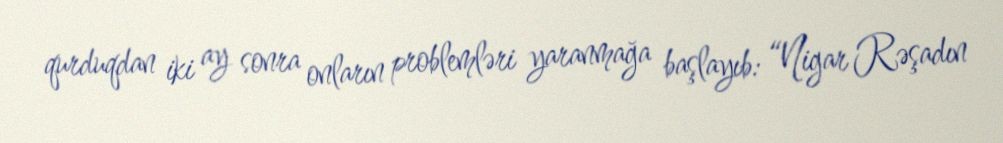
qurduqdan iki ay sonra onların problemləri yaranmağa başlayıb: “Nigar Rəşadın